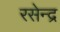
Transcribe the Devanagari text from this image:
रसेन्द्र